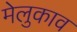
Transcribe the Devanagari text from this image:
मेलुकाव